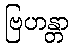
ဗြဟန္တာ